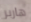
هاربر